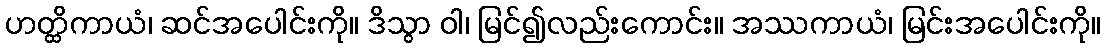
ဟတ္ထိကာယံ၊ ဆင်အပေါင်းကို။ ဒိသွာ ဝါ၊ မြင်၍လည်းကောင်း။ အဿကာယံ၊ မြင်းအပေါင်းကို။